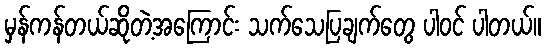
မှန်ကန်တယ်ဆိုတဲ့အကြောင်း သက်သေပြချက်တွေ ပါဝင် ပါတယ်။